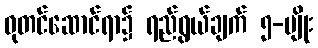
ဓုတင်ဆောင်ရာ၌ ရည်ရွယ်ချက် ၅-မျိုး